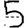
Digit: 5